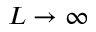
L \rightarrow \infty